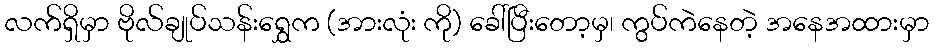
လက်ရှိမှာ ဗိုလ်ချုပ်သန်းရွှေက (အားလုံး ကို) ခေါ်ပြီးတော့မှ၊ ကွပ်ကဲနေတဲ့ အနေအထားမှာ